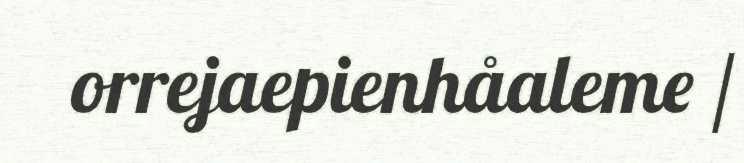
orrejaepienhåaleme /